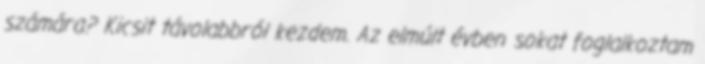
számára? Kicsit távolabbról kezdem. Az elmúlt évben sokat foglalkoztam